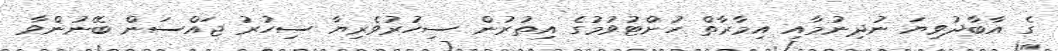
ގެ އާބާދުވިޔަ ނުދިނުމާއި އިމާރާތް ހުށްޓުވުމުގެ އިތުރުން ސިހުރުވެރިޔާ ސިހުރު ޖައްސަން ބޭނުންވާ